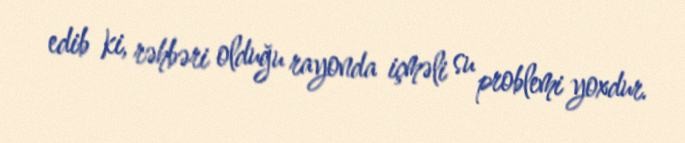
edib ki, rəhbəri olduğu rayonda içməli su problemi yoxdur.